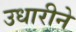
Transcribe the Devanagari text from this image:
उधारीने